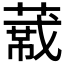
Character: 𬝼